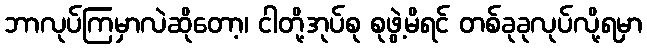
ဘာလုပ်ကြမှာလဲဆိုတော့၊ ငါတို့အုပ်စု စုဖွဲ့မိရင် တစ်ခုခုလုပ်လို့ရမှာ